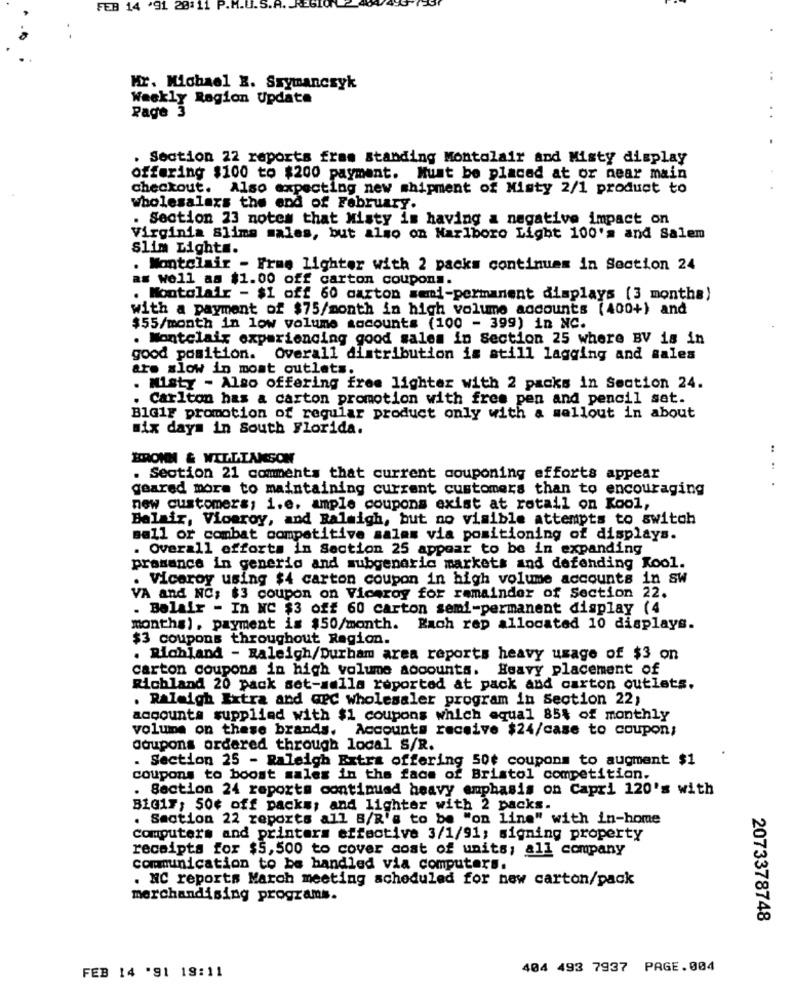
FEB 14 '91 20:11 P.M
Hr. Michael X. Szymanczyk
Weekly Ragion Update
Page 3
Section 22 reports fram Standing Montolair and Misty display
offering $100 to $200 payment. Must be placed at or near main
checkout. Also expecting new shipment of Misty 2/1 product to
wholesalers the end of February.
. Section 23 notes that Misty im having a negative impact on
Virginia Slims males, but also on Marlboro Light 100's and Salem
Slim Lights.
. Montclair - Free lighter with 2 packs continuem in Section 24
as well as $1.00 off carton coupons.
. Montclair - $1 off 60 carton semi-permanent displays [3 months)
with a payment of $75/month in high volume accounts (400+) and
$55/month in low volume accounts (100 - 399) in NC.
. Montclair experiencing good sales in Section 25 where BV is in
good position. Overall distribution is still lagging and sales
ars slow in most outlets.
. Misty - Also offering free lighter with 2 packs in Section 24.
. Carlton has a carton promotion with free pen and pencil sat.
BlG1F promotion of regular product only with a sellout in about
six days in South Florida.
..
BRONN & WILLIAMSON
. Section 21 comments that current couponing efforts appear
geared more to maintaining current customers than to encouraging
new customers; i.e. ample coupons exist at retail on Kool,
Belair, Viceroy, and Raleigh, but no visible attempts to switch
sell or combat competitive salam via positioning of displays.
. Overall efforts in Section 25 appear to be in expanding
prasance in generio and subgeneric markets and defending Kool.
. Viceroy using $4 carton coupon in high volume accounts in Sw
VA and NC; $3 coupon on Viceroy for remainder of Section 22.
. Belalr - In NC $3 off 60 carton semi-permanent display (4
months). payment is $50/month. Rach rep allocated 10 displays.
$3 coupons throughout Ragion.
. Richland - Raleigh/Durham area reports heavy usage of $3 on
carton coupons in high volume accounts.
Heavy placement of
Richland 20 pack set-malla reported at pack and carton outlets.
. Raleigh Extra and arc wholesaler program in Section 22;
accounts supplied with $1 coupons which equal 85% of monthly
volume on these brands. Accounts receive $24/case to coupon;
Coupons ordered through local S/R.
. Section 25 - Raleigh Extra offering 50$ coupons to augment $1
coupons to boost malex in the face of Bristol competition.
. Section 24 reports continued heavy emphasis on Capri 120's with
BiG17, 50¢ off packs; and lighter with 2 packs.
. Section 22 reports all B/R's to be "on line" with in-home
Computers and printers effective 3/1/91; signing property
receipts for $5,500 to cover cost of units; all company
communication to be handled via computers.
. NC reports March meeting scheduled for new carton/pack
merchandising programs.
2073378748
404 493 7937 PAGE.004
FEB 14 '91 19:11